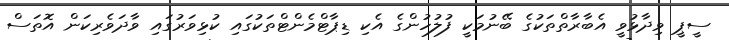
ސީޕީ ވިދާޅުވީ އެބާރާތްތަކުގެ ބޭނުމަކީ ފުލުހުންގެ އެކި ޑިޕާޓްމެންޓްތަކުގައި ކުޅިވަރުގައި ވާދަވެރިކަން އޮތަސް